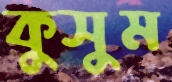
কুসুম